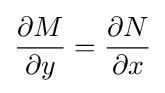
{\frac {\partial M}{\partial y}}={\frac {\partial N}{\partial x}}